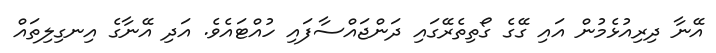
އޭނާ ދިރިއުޅެމުން އައި ގޭގެ ގޯތިތެރޭގައި ދަންޖައްސާފައި ހުއްޓައެވެ. އަދި އޭނާގެ އިނގިލިތައް